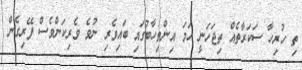
ތި ހުރިހާ ސަކަރާތެއް ތިޖަހަނީ ހަމަ އިންތިހާބުގައި ބައިވެރި ނުވެ ވެރިކަންވެސް ފޭރިގެން